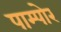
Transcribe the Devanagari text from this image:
पाम्पोर